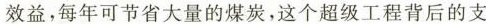
效益，每年可节省大量的煤炭，这个超级工程背后的支